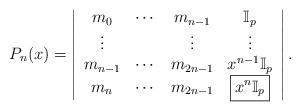
LaTeX: \begin{align*}P_n(x)=\left|\begin{array}{cccc}m_0&\cdots&m_{n-1}&\mathbb{I}_p\\\vdots&&\vdots&\vdots\\m_{n-1}&\cdots&m_{2n-1}&x^{n-1}\mathbb{I}_p\\m_n&\cdots&m_{2n-1}&\boxed{x^n\mathbb{I}_p}\end{array}\right|.\end{align*}